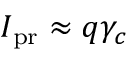
I _ { \mathrm { p r } } \approx q \gamma _ { c }